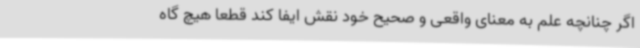
اگر چنانچه علم به معنای واقعی و صحیح خود نقش ایفا کند قطعا هیچ گاه